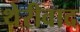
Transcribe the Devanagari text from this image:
थेरीवाद